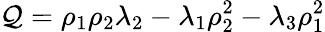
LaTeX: {\cal Q}=\rho_{1}\rho_{2}\lambda_{2}-\lambda_{1}\rho_{2}^{2}-\lambda_{3}\rho_{1}^{2}